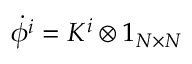
\dot { \phi ^ { i } } = K ^ { i } \otimes 1 _ { N \times N }